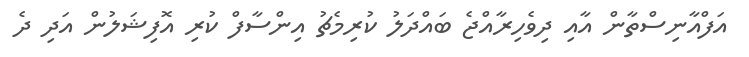
އަފްއާނިސްތާން އާއި ދިވެހިރާއްޖެ ބައްދަލު ކުރިމެޗު އިންސާފް ކުރި އޮފިޝަލުން އަދި ދެ